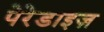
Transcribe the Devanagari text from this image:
पेरेडाइज़